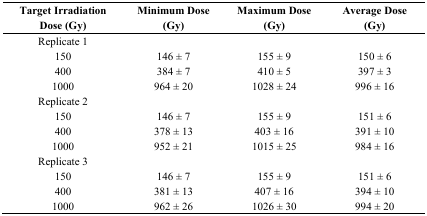
| Target Irradiation Dose (Gy) | Minimum Dose (Gy) | Maximum Dose (Gy) | Average Dose (Gy) |
 | --- | --- | --- | --- |
 | Replicate 1 | <COLSPAN=3>  |
 | 150 | 146 ± 7 | 155 ± 9 | 150 ± 6 |
 | 400 | 384 ± 7 | 410 ± 5 | 397 ± 3 |
 | 1000 | 964 ± 20 | 1028 ± 24 | 996 ± 16 |
 | Replicate 2 | <COLSPAN=3>  |
 | 150 | 146 ± 7 | 155 ± 9 | 151 ± 6 |
 | 400 | 378 ± 13 | 403 ± 16 | 391 ± 10 |
 | 1000 | 952 ± 21 | 1015 ± 25 | 984 ± 16 |
 | Replicate 3 | <COLSPAN=3>  |
 | 150 | 146 ± 7 | 155 ± 9 | 151 ± 6 |
 | 400 | 381 ± 13 | 407 ± 16 | 394 ± 10 |
 | 1000 | 962 ± 26 | 1026 ± 30 | 994 ± 20 |